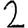
Digit: 2